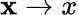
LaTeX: \mathbf x\to x